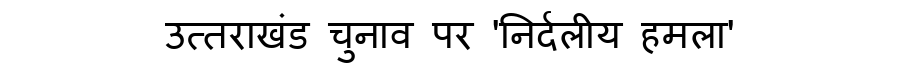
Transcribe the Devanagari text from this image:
उत्तराखंड चुनाव पर 'निर्दलीय हमला'